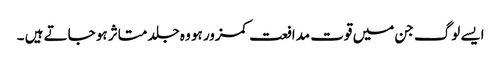
ایسے لوگ جن میں قوت مدافعت کمزور ہو وہ جلد متاثر ہو جاتے ہیں ۔